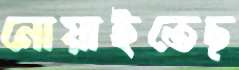
নোয়াইতেছ